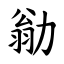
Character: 勜